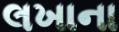
લખાના